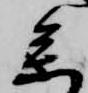
参